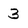
Character: 3